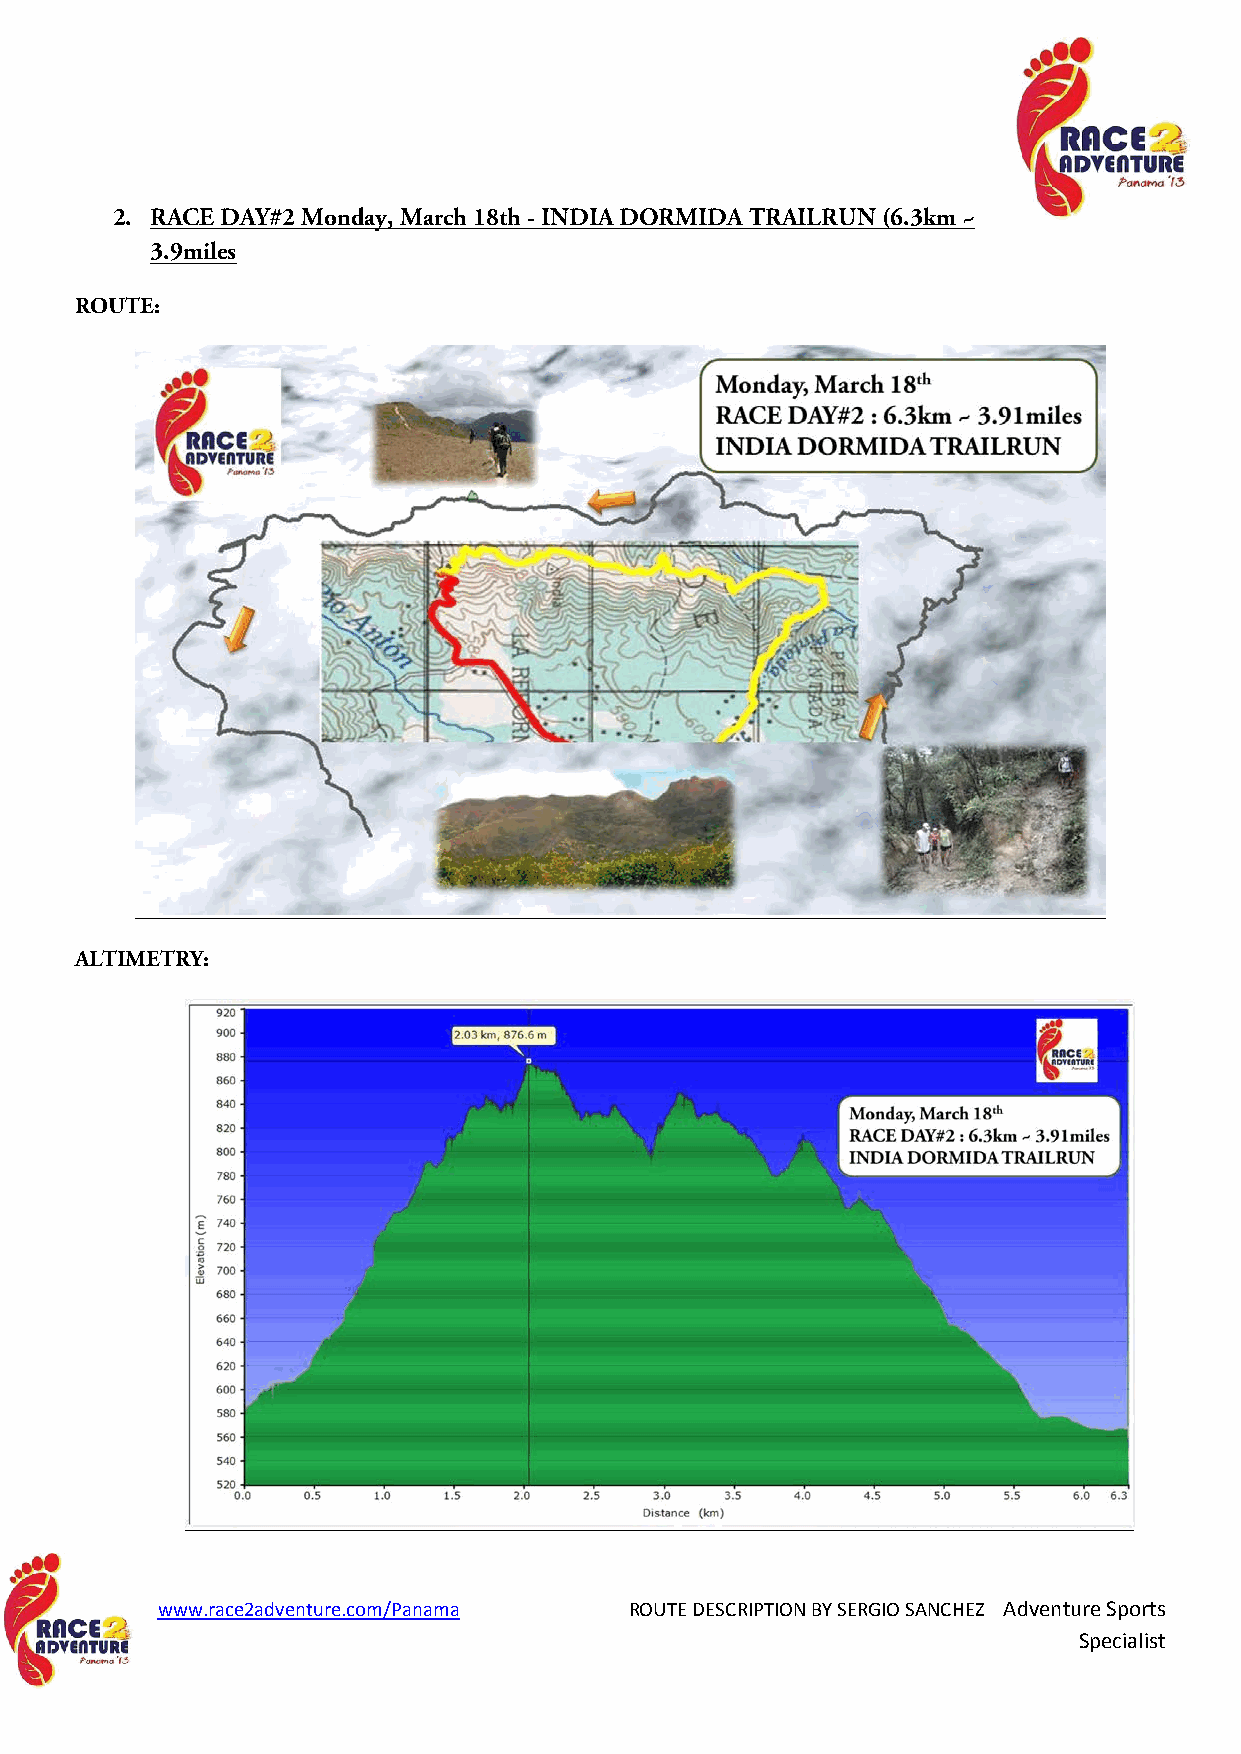
2. RACE DAY#2 Monday, March 18th - INDIA DORMIDA TRAILRUN (6.3km ~
 3.9miles
 ROUTE:
 ALTIMETRY:
 www.race2adventure.com/Panama   ROUTE DESCRIPTION BY SERGIO SANCHEZ Adventure Sports
 Specialist